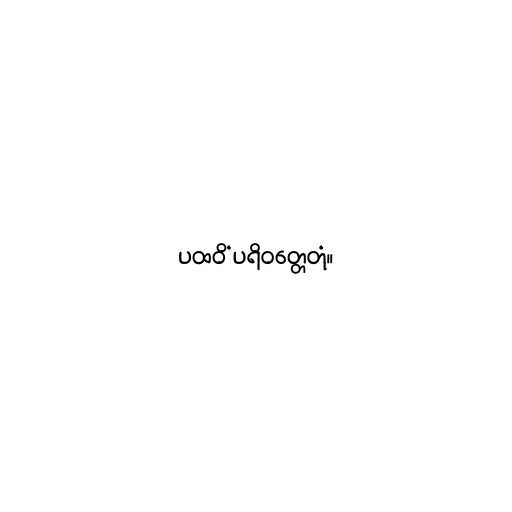
ပထဝိံ ပရိဝတ္တေတုံ။